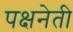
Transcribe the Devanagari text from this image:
पक्षनेती